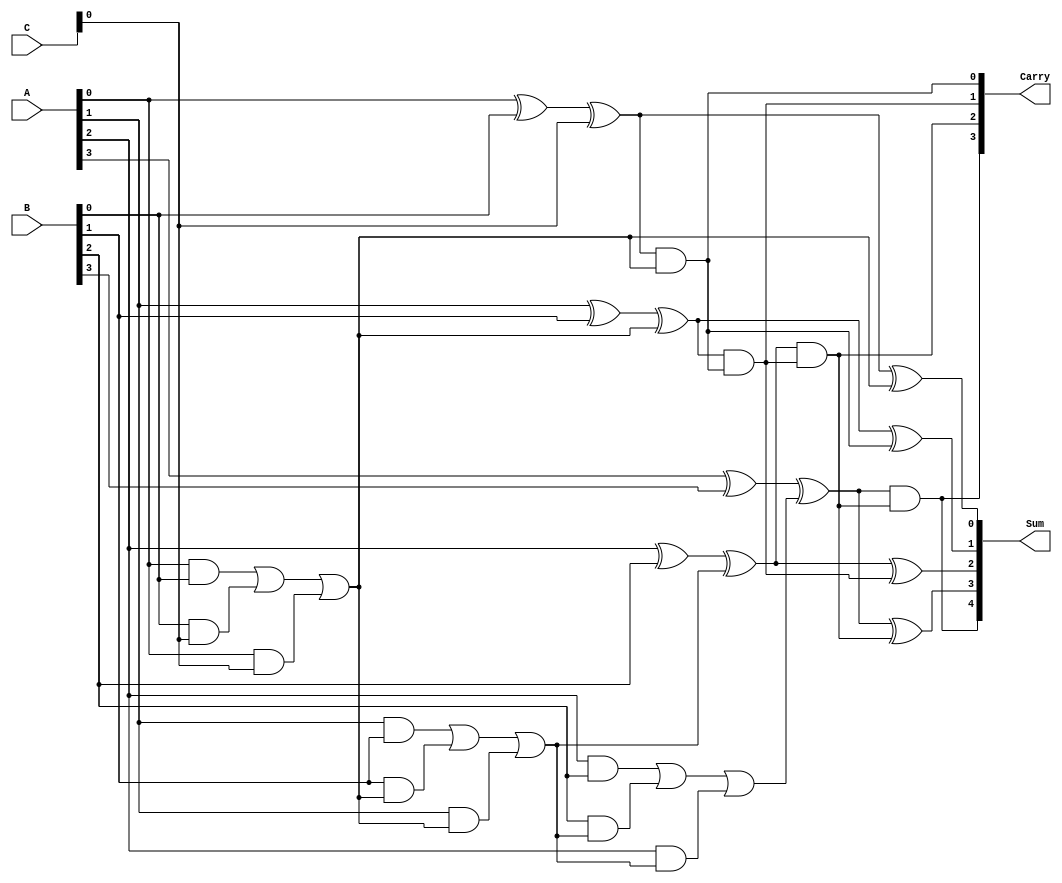
module ParallelCarrySaveAdder(
    input [N-1:0] A,        // First operand
    input [N-1:0] B,        // Second operand
    input [N-1:0] C,        // Third operand
    output [N:0] Sum,       // Final sum output
    output [N-1:0] Carry     // Final carry output
);
    
parameter N = 4; // Number of bits in each operand

// Intermediate sum and carry wires
wire [N-1:0] sum1, sum2;
wire [N-1:0] carry1, carry2;

// First layer of full adders
genvar i;
generate
    for (i = 0; i < N; i = i + 1) begin : layer1
        if (i == 0) begin
            // Full adder for the least significant bit
            assign sum1[i] = A[i] ^ B[i] ^ C[i]; // Sum output
            assign carry1[i] = (A[i] & B[i]) | (B[i] & C[i]) | (A[i] & C[i]); // Carry output
        end else begin
            // Full adders for remaining bits
            assign sum1[i] = A[i] ^ B[i] ^ carry1[i-1];
            assign carry1[i] = (A[i] & B[i]) | (B[i] & carry1[i-1]) | (A[i] & carry1[i-1]);
        end
    end
endgenerate

// Second layer of full adders
generate
    for (i = 0; i < N; i = i + 1) begin : layer2
        if (i == 0) begin
            // Full adder for the least significant bit
            assign sum2[i] = sum1[i] ^ carry1[i];
            assign carry2[i] = sum1[i] & carry1[i];
        end else begin
            // Full adders for remaining bits
            assign sum2[i] = sum1[i] ^ carry2[i-1];
            assign carry2[i] = sum1[i] & carry2[i-1];
        end
    end
endgenerate

// Final carry and sum output
assign Sum = {carry2[N-1], sum2}; // Final Sum output
assign Carry = carry2; // Final Carry output

endmodule